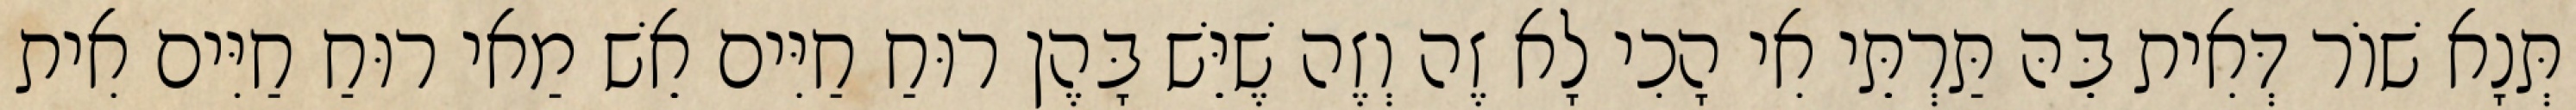
תְּנָא שׁוֹר דְּאִית בֵּהּ תַּרְתֵּי אִי הָכִי לָא זֶה וְזֶה שֶׁיֵּשׁ בָּהֶן רוּחַ חַיִּים אֵשׁ מַאי רוּחַ חַיִּים אִית